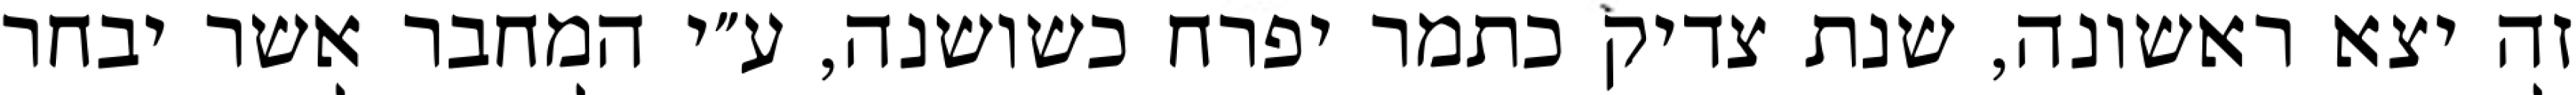
זה יצא ראשונה, שנת צדיק כתמר יפרח כשושנה, ע״י המחבר אשר יבחר